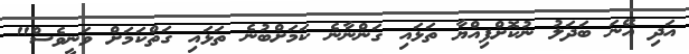
އަދި އޭނަ ބަދަލު ނުކޮށްފިއްޔާ ތަޅައި ގަންނާނެ ކަމަށްބުނެ ތަޅައި ގަތްކަމަށް ވަނީވެސް"